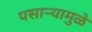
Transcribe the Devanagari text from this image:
पसाऱ्यामुळे